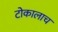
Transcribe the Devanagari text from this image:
टोकालाच